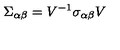
\Sigma _ { \alpha \beta } = V ^ { - 1 } \sigma _ { \alpha \beta } V